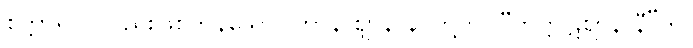
စတ္တာရိပိ၊ လည်းဖြစ်ကုန်သော။ တာနိ ဈာနာနိ၊ တို့ကို။ “ကုက္ကုဋဈာနာနီ”တိ၊